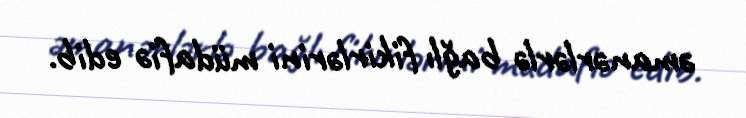
əmanərlərlə bağlı fikirlərini müdafiə edib.